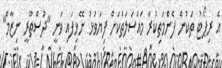
އެ ރިޕޯޓު ތަކުން ފެންމަތިކުރާ މައްސަލަތަކަށް ފިޔަވަޅު ނޭޅިފައި ވަނީ "ދުސްތޫރީ ނިޒާމް"